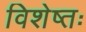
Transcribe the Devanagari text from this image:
विशेष्तः